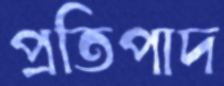
প্রতিপাদ